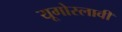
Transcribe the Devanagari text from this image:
यूगोस्लावी